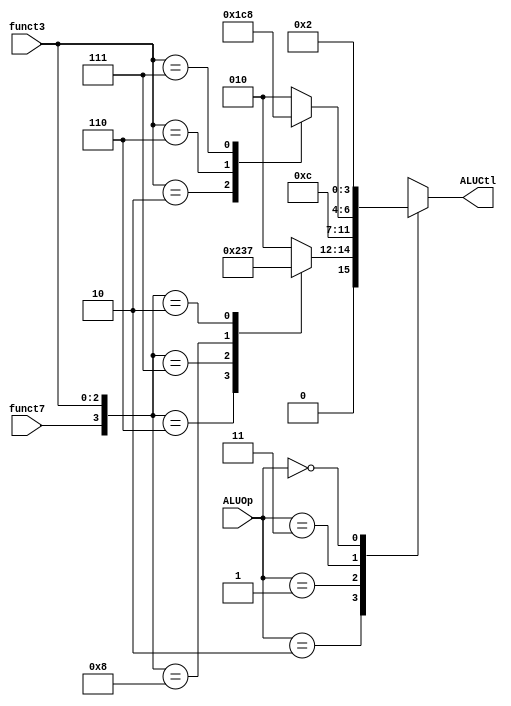
module ALUCtrl (
    input [1:0] ALUOp,
    input funct7,
    input [2:0] funct3,
    output reg [3:0] ALUCtl
);

    // TODO: implement your ALU control here
    // For testbench verifying, Do not modify input and output pin
    // Hint: using ALUOp, funct7, funct3 to select exact operation
    // done
    always @(*) begin
        case (ALUOp)
            2'b10:
                case ({funct7, funct3})
                    4'b0_110: ALUCtl = 4'b0001; // or
                    4'b0_111: ALUCtl = 4'b0000; // and
                    4'b1_000: ALUCtl = 4'b0110; // sub
                    4'b0_000: ALUCtl = 4'b0010; // add
                    4'b0_010: ALUCtl = 4'b0111; // stl
                    default: ALUCtl = 4'b0010; // add
                endcase
            2'b01: ALUCtl = 4'b0110; // beq
            2'b11: // I-type
                case ({funct3})
                    3'b010: ALUCtl = 4'b0111; // slti
                    3'b000: ALUCtl = 4'b0010; // addi 
                    3'b110: ALUCtl = 4'b0001; // ori 
                    3'b111: ALUCtl = 4'b0000; // andi
                    default: ALUCtl = 4'b0010; // add 
                endcase
            2'b00: ALUCtl = 4'b0010; // add
        endcase
    end

endmodule